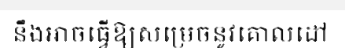
នឹងអាចធ្វើឱ្យសម្រេចនូវគោលដៅ